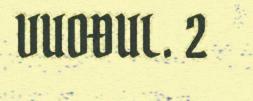
VUOĐUL. 2